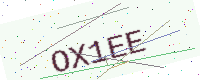
Text: OX1EE